Lunatic asylums Burma 1907-21 - 1907-1921
Year: 1907
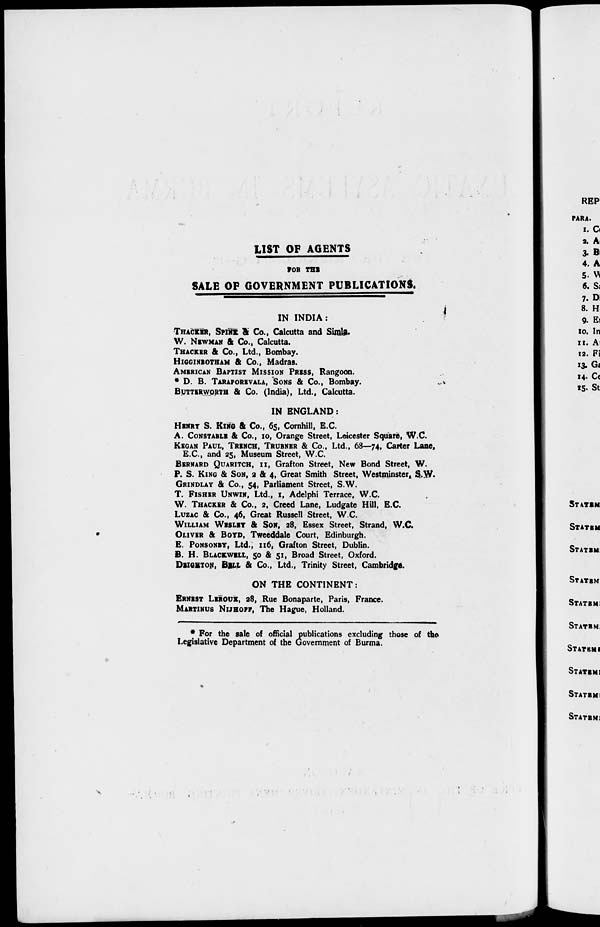
LIST OF AGENTS
FOR THE
SALE OF GOVERNMENT PUBLICATIONS.
IN INDIA:
THACKER, SPINK & Co., Calcutta and Simla.
W. NEWMAN & Co., Calcutta.
THACKER & Co., Ltd., Bombay.
HIGGINBOTHAM & Co., Madras.
AMERICAN BAPTIST MISSION PRESS, Rangoon.
* D.B.TARAPOREVALA, SONS & Co., Bombay.
BUTTERWORTH & Co. (India), Ltd., Calcutta.
IN ENGLAND:
HENRY S. KING & Co., 65, Cornhill, E.C.
A. CONSTABLE & Co., 10, Orange Street, Leicester Square, W.C.
KEGAN PAUL, TRENCH, TRUENER & Co., Ltd., 68—74, Carter Lane,
E.C., and 25, Museum Street, W.C.
BERNARD QUARITCH, 11, Grafton Street, New Bond Street, W.
P. S. KING & SON, 2 & 4, Great Smith Street, Westminster, S.W.
GRINDLAY & Co., 54, Parliament Street, S.W.
T. FISHER UNWIN, Ltd., 1, Adelphi Terrace. W.C.
W. THACKER & Co., 2, Creed Lane, Ludgate Hill, B.C.
LUZAC & Co., 46, Great Russell Street, W.C.
WILLIAM WESLEY & Son, 28, Essex Street, Strand, W.C
OLIVER & BOYD, Tweeddale Court, Edinburgh.
E. PONSONEY, Ltd., 116, Grafton Street, Dublin.
B. H. BLACKWELL, 50 & 51, Broad Street, Oxford.
DEIGHTON, BELL ft Co., Ltd., Trinity Street, Cambridge.
ON THE CONTINENT:
ERNEST LEROUX, 28, Rue Bonaparte, Paris, France.
MARTINUS NIJHOFF, The Hague, Holland.
* For the sale of official publications excluding those of the-
Legislative Department of the Government of Burma.